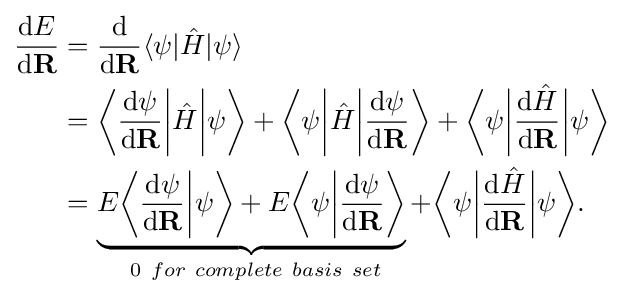
{\begin{aligned}{\frac {\mathrm {d} E}{\mathrm {d} \mathbf {R} }}&={\frac {\mathrm {d} }{\mathrm {d} \mathbf {R} }}\langle \psi |{\hat {H}}|\psi \rangle \\&={\bigg \langle }{\frac {\mathrm {d} \psi }{\mathrm {d} \mathbf {R} }}{\bigg |}{\hat {H}}{\bigg |}\psi {\bigg \rangle }+{\bigg \langle }\psi {\bigg |}{\hat {H}}{\bigg |}{\frac {\mathrm {d} \psi }{\mathrm {d} \mathbf {R} }}{\bigg \rangle }+{\bigg \langle }\psi {\bigg |}{\frac {\mathrm {d} {\hat {H}}}{\mathrm {d} \mathbf {R} }}{\bigg |}\psi {\bigg \rangle }\\&=\underbrace {E{\bigg \langle }{\frac {\mathrm {d} \psi }{\mathrm {d} \mathbf {R} }}{\bigg |}\psi {\bigg \rangle }+E{\bigg \langle }\psi {\bigg |}{\frac {\mathrm {d} \psi }{\mathrm {d} \mathbf {R} }}{\bigg \rangle }} _{\ 0\ for\ complete\ basis\ set}+{\bigg \langle }\psi {\bigg |}{\frac {\mathrm {d} {\hat {H}}}{\mathrm {d} \mathbf {R} }}{\bigg |}\psi {\bigg \rangle }.\end{aligned}}